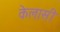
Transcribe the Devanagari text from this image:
केलासी